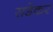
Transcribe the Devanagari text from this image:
सडेकर